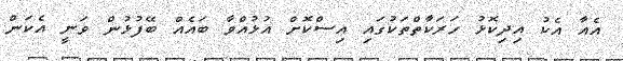
އެއާ އެކު އިދިކޮޅު ހަރަކާތްތަކުގައި އިސްކޮށް އުޅުއްވާ ބައެއް ބޭފުޅުން ވަނީ އެކަން